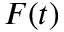
F ( t )